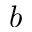
b